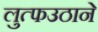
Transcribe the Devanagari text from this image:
लुत्फउठाने